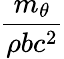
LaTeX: \frac{m_{\theta}}{\rho bc^{2}}